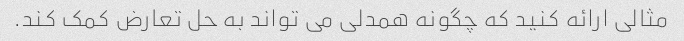
مثالی ارائه کنید که چگونه همدلی می تواند به حل تعارض کمک کند.